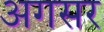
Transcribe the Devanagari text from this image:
अगसर